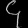
Digit: ၄